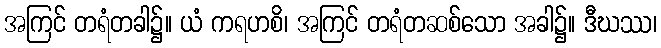
အကြင် တရံတခါ၌။ ယံ ကရဟစိ၊ အကြင် တရံတဆစ်သော အခါ၌။ ဒီဃဿ၊